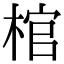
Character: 棺